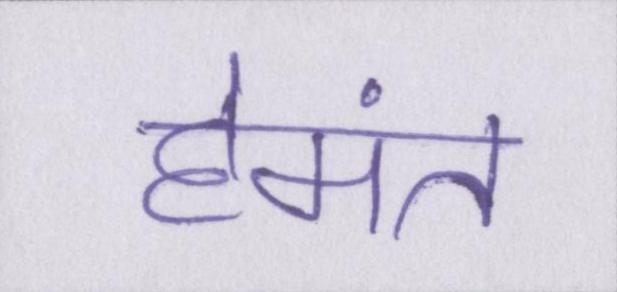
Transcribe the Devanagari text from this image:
हेमंत